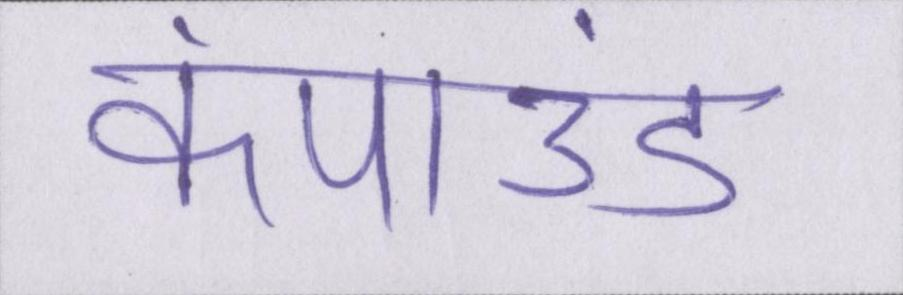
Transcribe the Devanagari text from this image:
कंपाउंड